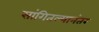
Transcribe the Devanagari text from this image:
सांगितल्यानंतर